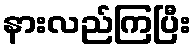
နားလည်ကြပြီး